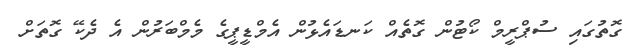
ގޮތުގައި ސުޕްރީމް ކޯޓުން ގޮތެއް ކަނޑައެޅުން އެމްޑީޕީގެ މެމްބަރުން އެ ދެކޭ ގޮތަށް